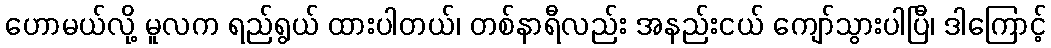
ဟောမယ်လို့ မူလက ရည်ရွယ် ထားပါတယ်၊ တစ်နာရီလည်း အနည်းငယ် ကျော်သွားပါပြီ၊ ဒါကြောင့်